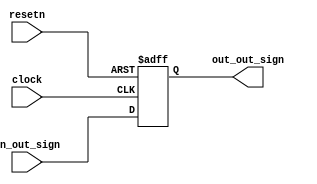
module step4_status(clock, resetn, in_out_sign, out_out_sign);
	input clock, resetn;
	
	input in_out_sign;
	
	output reg out_out_sign;
	
	always@(posedge clock, negedge resetn) begin
		if(!resetn) begin
			out_out_sign <=0;
		end
		else begin	
			out_out_sign <= in_out_sign;
		end
	end	

endmodule